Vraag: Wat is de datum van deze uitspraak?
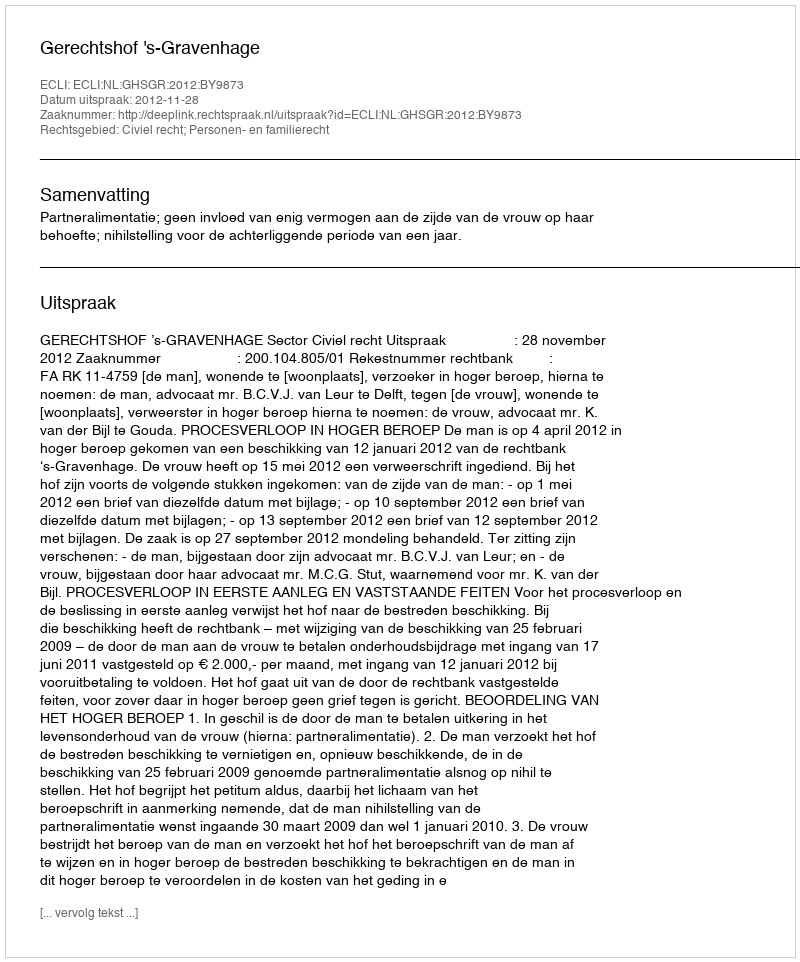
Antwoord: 2012-11-28